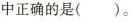
中正确的是()。